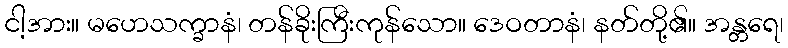
ငါ့အား။ မဟေသက္ခာနံ၊ တန်ခိုးကြီးကုန်သော။ ဒေဝတာနံ၊ နတ်တို့၏။ အန္တရေ၊